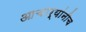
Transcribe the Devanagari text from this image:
आचार्यांनीच